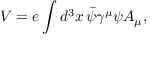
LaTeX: V = e \int d ^ { 3 } x \, { \bar { \psi } } \gamma ^ { \mu } \psi A _ { \mu } ,